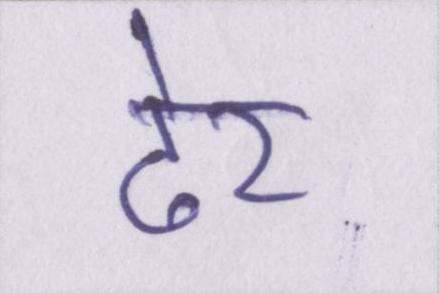
ढेर